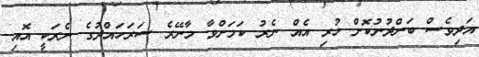
އަދިވެސް ބަންދުނުކޮށް ހުރި އެއް ނެރު ކަމަށްވާ މާނޭރެ ސަރަހައްދުގެ ނެރަކީ އޮއި